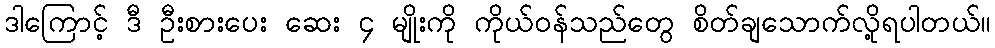
ဒါကြောင့် ဒီ ဦးစားပေး ဆေး ၄ မျိုးကို ကိုယ်ဝန်သည်တွေ စိတ်ချသောက်လို့ရပါတယ်။